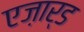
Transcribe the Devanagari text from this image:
एज़ार्ड